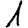
Digit: 1